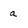
Character: a